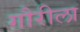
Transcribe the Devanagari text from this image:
गौरीला